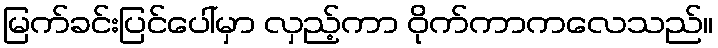
မြက်ခင်းပြင်ပေါ်မှာ လှည့်ကာ ဝိုက်ကာကလေသည်။